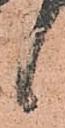
候